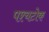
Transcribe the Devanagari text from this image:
पश्चटोक